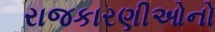
રાજકારણીઓનો